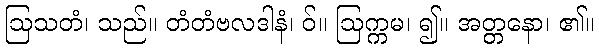
ဩသတံ၊ သည်။ တံတံဗလဒါနံ၊ ဝ်။ ဩက္ကမ၊ ၍။ အတ္တနော၊ ၏။